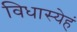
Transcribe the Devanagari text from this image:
विधास्येहं